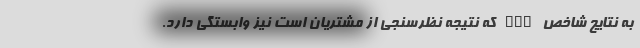
به نتایج شاخص IQS که نتیجه نظرسنجی از مشتریان است نیز وابستگی دارد.